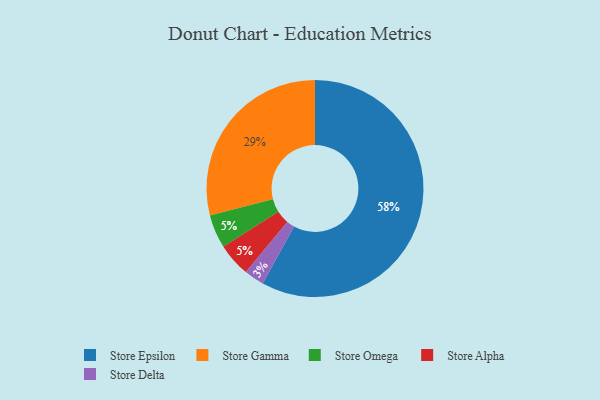
{"axis": {"x": "Category", "y": "Percentage"}, "legend": ["Store Alpha", "Store Delta", "Store Epsilon", "Store Gamma", "Store Omega"], "data": [{"x": "Store Omega", "y": 5, "type": "Store Omega"}, {"x": "Store Delta", "y": 3, "type": "Store Delta"}, {"x": "Store Gamma", "y": 29, "type": "Store Gamma"}, {"x": "Store Epsilon", "y": 58, "type": "Store Epsilon"}, {"x": "Store Alpha", "y": 5, "type": "Store Alpha"}]}